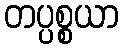
တပ္ပစ္စယာ